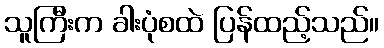
သူကြီးက ခါးပုံစထဲ ပြန်ထည့်သည်။